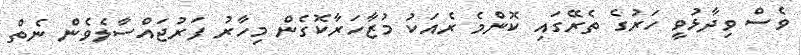
ވެސް ވިދާޅުވީ ހަރުގެ ތެރޭގައި ކޮންމެ ރެއަކު މުޒާހަރާކޮގެން މިހާރު ފަރުޖައްސާލެވެން ނެތް